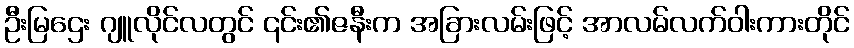
ဦးမြဌေး ဂျူလိုင်လတွင် ၎င်း၏ဇနီးက အခြားလမ်းဖြင့် အာလမ်လက်ဝါးကားတိုင်